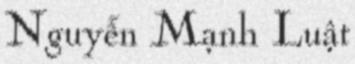
Nguyễn Mạnh Luật